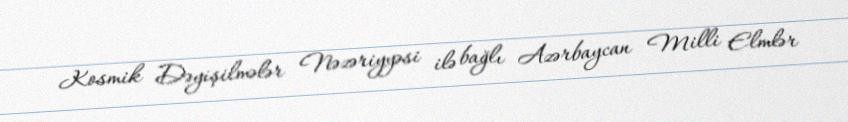
Kosmik Dəyişilmələr Nəzəriyyəsi ilə bağlı Azərbaycan Milli Elmlər